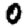
Digit: 0